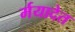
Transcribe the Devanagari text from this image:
र्मयादेत